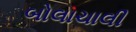
બોલાચાલી